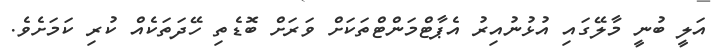
އަލީ ބުނީ މާލޭގައި އުޅުނުއިރު އެޕާޓްމަންޓްތަކަށް ވަރަށް ބޮޑެތި ހޭދަތަކެއް ކުރި ކަމަށެވެ.